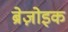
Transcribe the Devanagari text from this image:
ब्रेज़ोइक